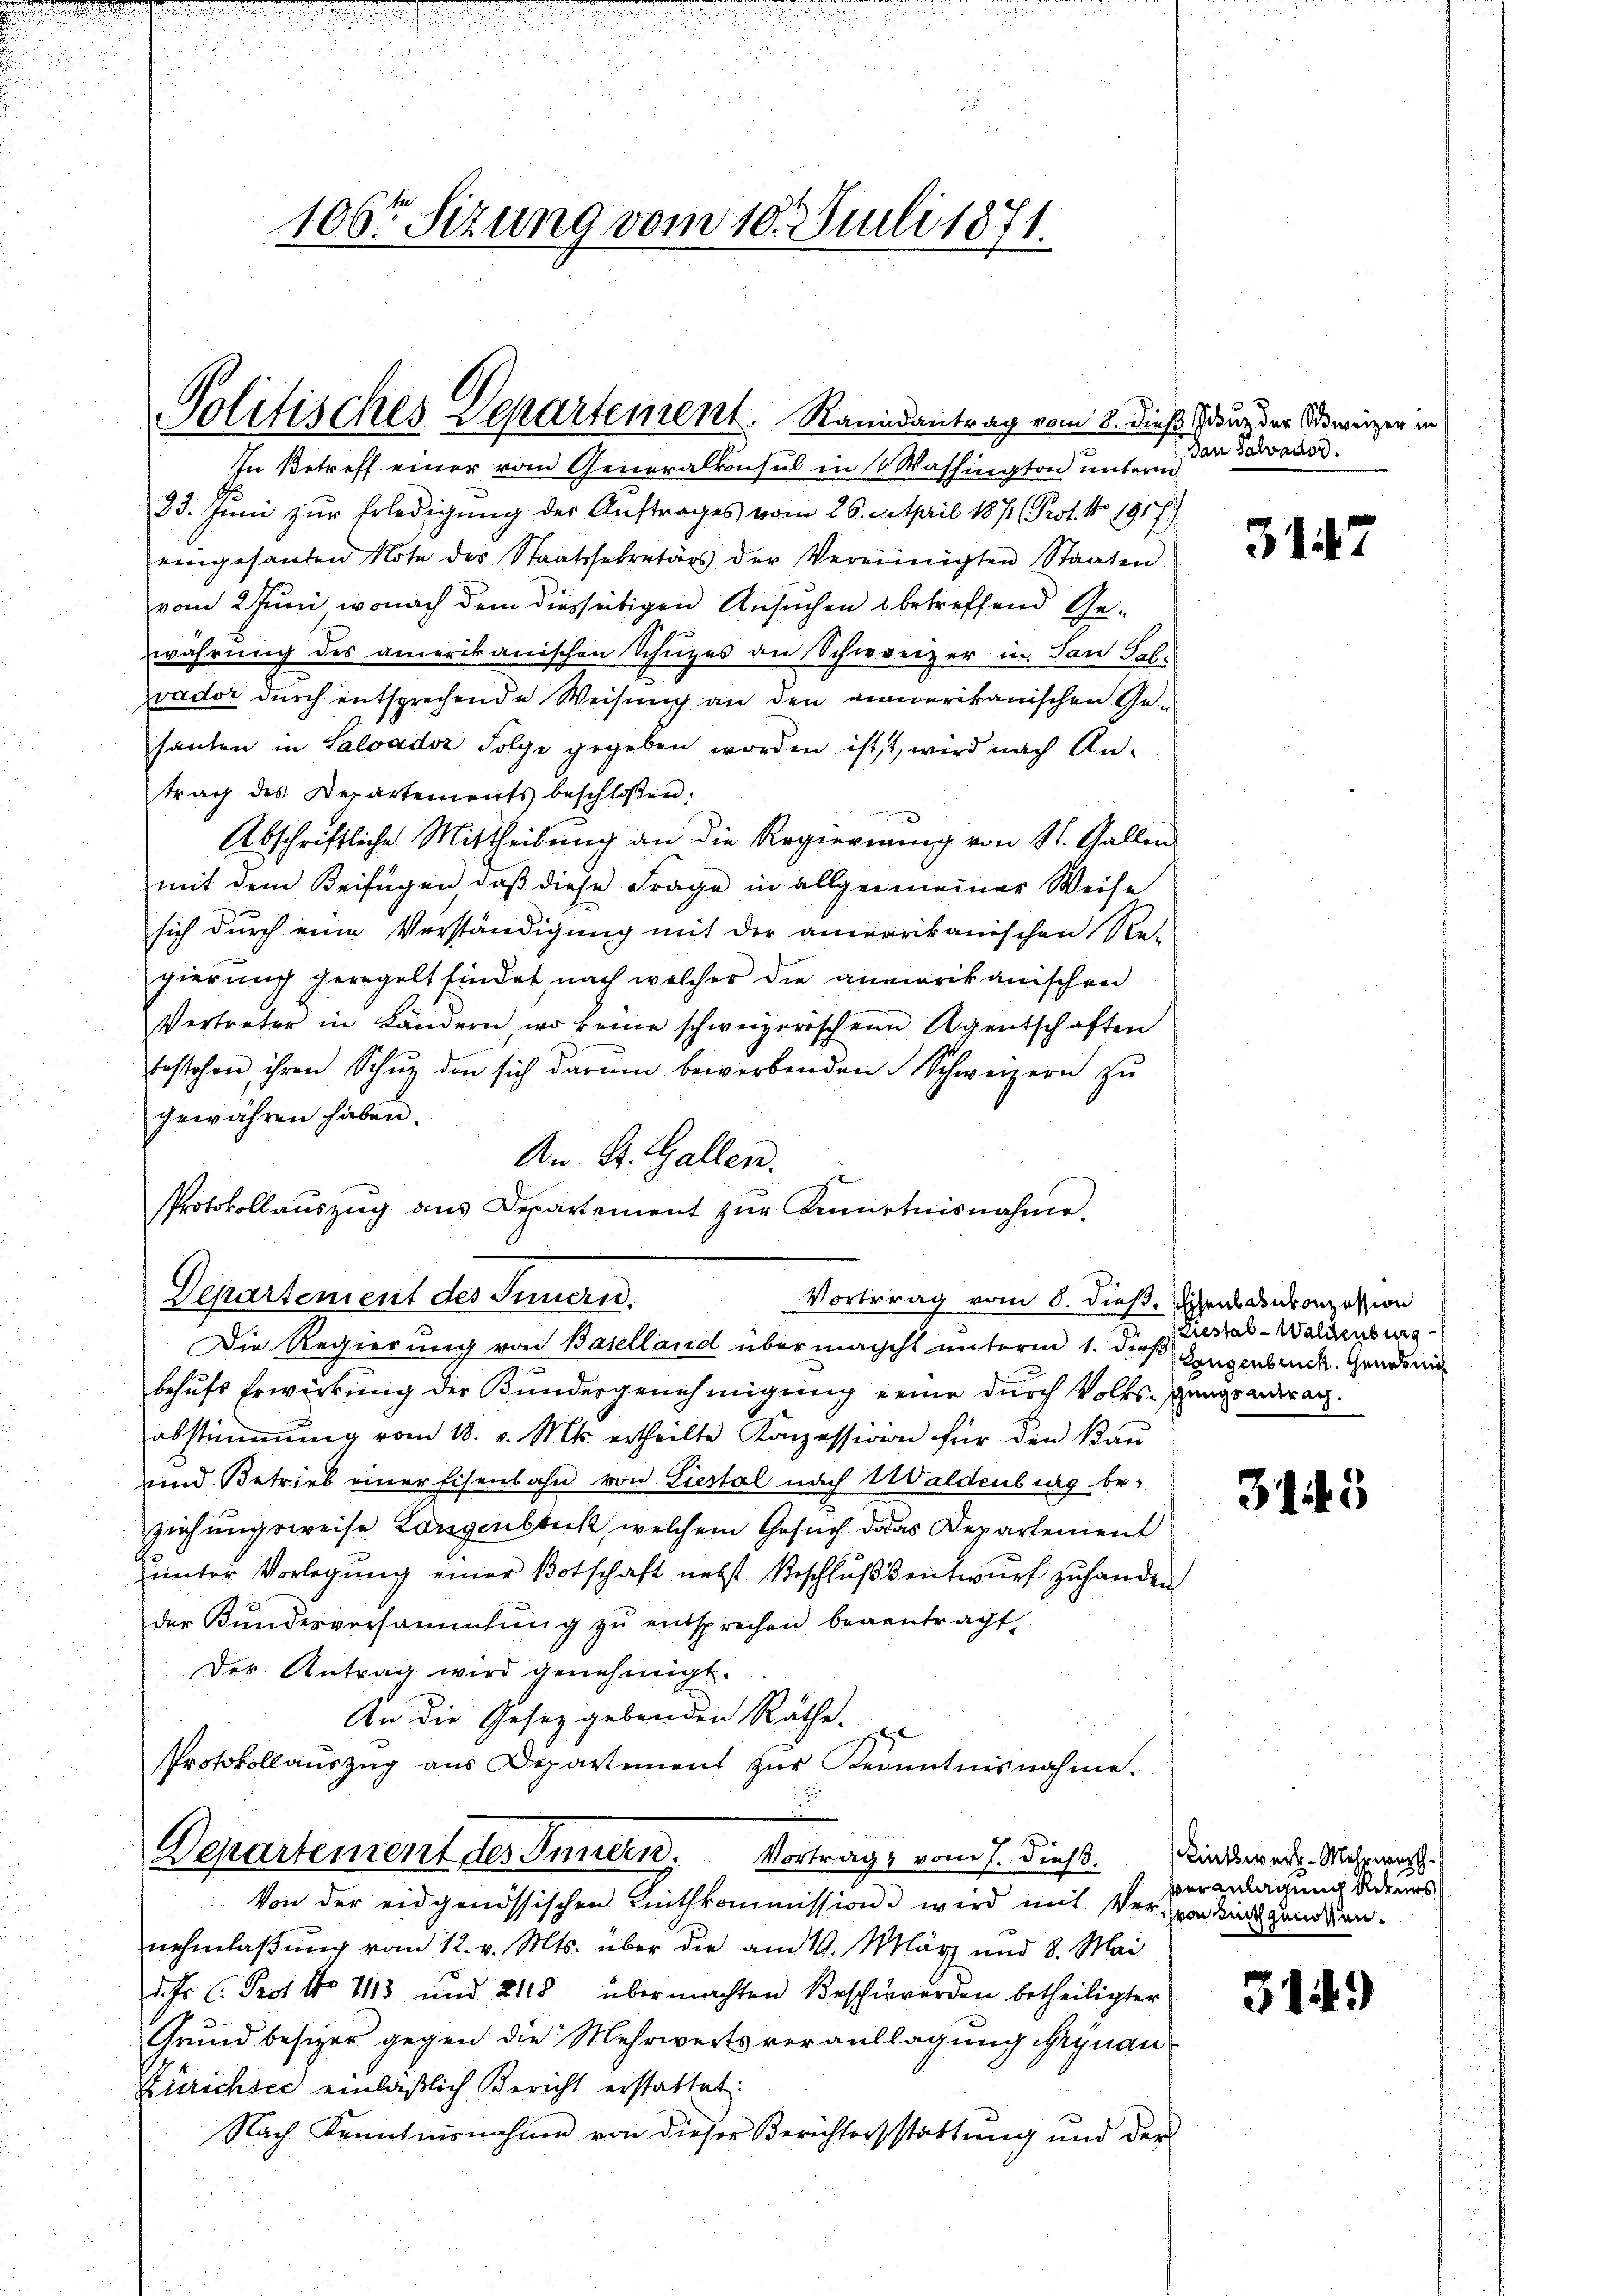
106t Sizung vom 10. Juli 1871.

Politisches Departement. Raundantrag vom 8. dieß, sur der Vereizer in

Die Regierung von Baselland übermacht unterm 1. dieß Gangenbruck. Gensmi

In Betreff einer vom Generalkonsul in 10 Washington untern
23. Juni zur Erledigung der Auftrages vom 26. April 187 (Prot. No 1917
eingesanten Note des Staatssekretärs der Vereinigten Staaten.
vom 2. Juni, wonach dem diesseitigen Ansuchen betreffend Gewährung des amerikanischen Schüzes an Schweizer in dan Sale
vador durch entsprechende Weisung an den vermerikanischen Gesanten in Salvadoz Folge gegeben worden ist, wird nach Antrag des Departements beschloßen:
Abschriftliche Mittheilung an die Regierung von St. Gallen
mit dem Beifügen, daß diese Frage in allgemeiner Weise
sich durch eine Verständigung mit der amerikanischen Re-
gierung geregelt findet nach welcher die anmerikanischen
Vertreter in Ländern, wo keine schweizerischen Agentschaften
bestehen, ihren Schŭg den sich darŭm bewerbenden Schweizern zŭ
gewähren haben.
An St. Gallen.
Protokollaŭszŭg ans Departement zŭr Kenntnisnahme.
Departement des Innern.
behufs Erwirkung der Bundesgenehmigung keine durch Volksgangsantrach.
abstimmung vom 18. v. Mts. ertheilte Konzession für den Kan
und Betrieb einer Eisenbahn von Liestal nach Waldenburg beziehungsweise Langenblick, welchem Gesuch das Departement
unter Vorlegung einer Botschaft nebst Beschlußsentwurf zu handen
der Kundesversammlung zŭ entsprechen beantragt,
Der Antrag wird genehmigt.
An die Gesetzgebenden Räthe. Er
Protokollauszug aus Departement zur Kenntnisnahme.

Departement des Innern. Vorträge vom 7. dieß.
Von der eidgenössischen Linthkommission wird mit Vervon dingunddien-
nehmlaßung vom 12. v. Mts. über die am 10. März und 8. Mai
des C. Prof. No 1113 und 2118 übermachten Beschwerden betheiligter
Grundbesizer gegen die Mehrwerts veranlagung beynau¬
Zürichsee einläßlich Bericht erstattet:
Nach Kenntnisnahme von dieser Berichterstattung und der

Vortrag vom 8. dieß, Eisenbahnkonzession

Dan Salvator

3142

Liestal-Waldenburg

3143

Lintswech-Meszeit.
veranlagung Rekurs

31.)